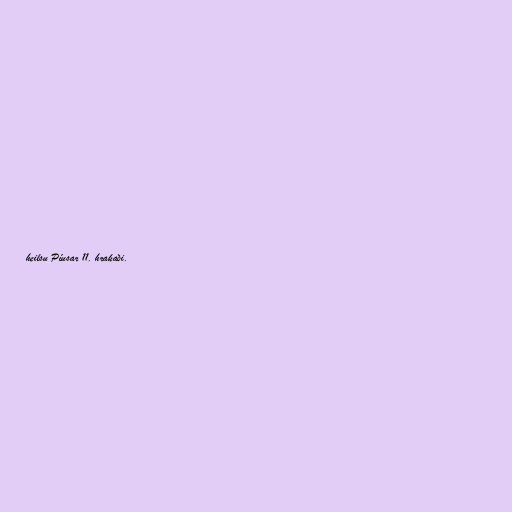
heilsu Píusar 11. hrakaði.